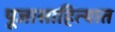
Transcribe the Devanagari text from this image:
पूजासाहित्यात